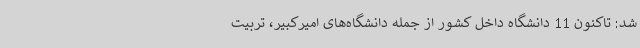
شد: تاکنون 11 دانشگاه داخل کشور از جمله دانشگاه‌های امیرکبیر، تربیت